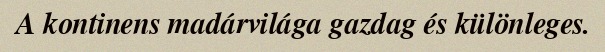
A kontinens madárvilága gazdag és különleges.